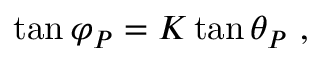
\tan { \varphi _ { P } } = \displaystyle K \tan { \theta _ { P } } ~ ,